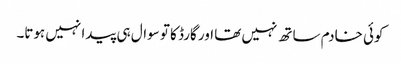
کوئی خادم ساتھ نہیں تھا اور گارڈ کا تو سوال ہی پیدا نہیں ہوتا۔